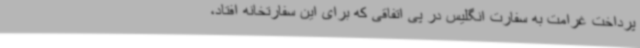
پرداخت غرامت به سفارت انگلیس در پی اتفاقی که برای این سفارتخانه افتاد،